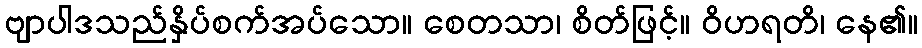
ဗျာပါဒသည်နှိပ်စက်အပ်သော။ စေတသာ၊ စိတ်ဖြင့်။ ဝိဟရတိ၊ နေ၏။